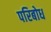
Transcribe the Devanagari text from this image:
परिबोध